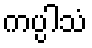
ကပ္ပါသံ